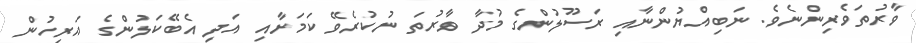
ވާރުތަވެރިންނެވެ. ނަބިއްޔުންނާއި ރަސޫލުންގެ މުދާ ވާރުތަ ނުކުރެވޭ ކަމަށާއި އަދި އެބޭކަލުންގެ އަރިހުން